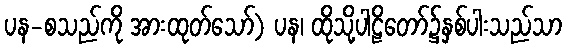
ပန-စသည်ကို အားထုတ်သော်) ပန၊ ထိုသို့ပါဠိတော်၌နှစ်ပါးသည်သာ